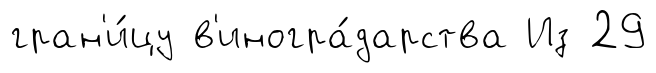
гран'и́цу в'иногра́дарства Из 29